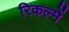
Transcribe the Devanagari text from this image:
रिकल्‍में